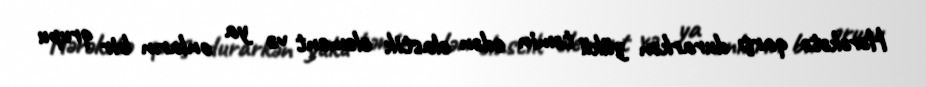
Hərəkətə qarşı durarkən yükü təmin edən elastik element və ya onların bir qrupu